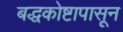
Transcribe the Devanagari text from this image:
बद्धकोष्टापासून